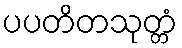
ပပတိတသုတ္တံ